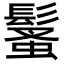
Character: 𩮚